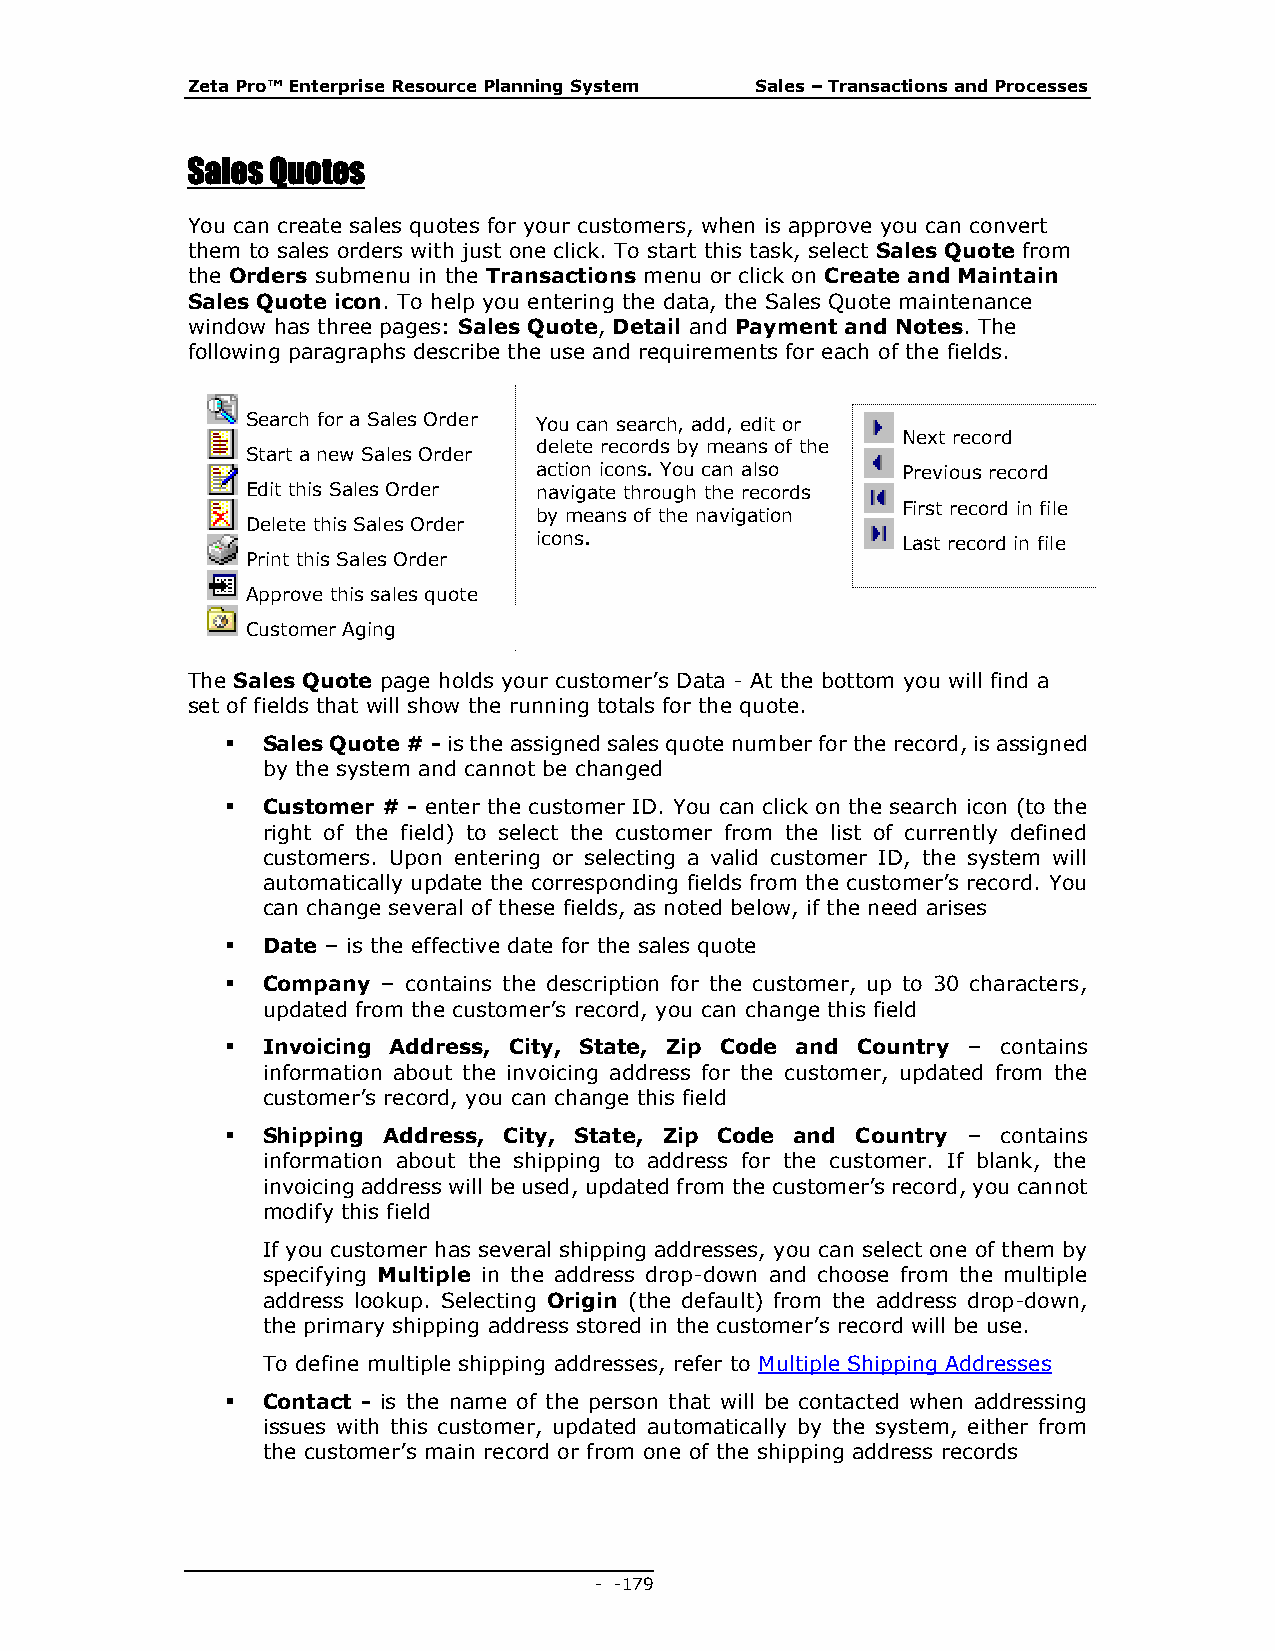
Zeta Pro™ Enterprise Resource Planning System Sales – Transactions and Processes
 Sales Quotes
 You can create sales quotes for your customers, when is approve you can convert
 them to sales orders with just one click. To start this task, select Sales Quote from
 the Orders submenu in the Transactions menu or click on Create and Maintain
 Sales Quote icon. To help you entering the data, the Sales Quote maintenance
 window has three pages: Sales Quote, Detail and Payment and Notes. The
 following paragraphs describe the use and requirements for each of the fields.
 Search for a Sales Order You can search, add, edit or
 Next record
 delete records by means of the
 Start a new Sales Order
 action icons. You can also Previous record
 Edit this Sales Order navigate through the records
 First record in file
 by means of the navigation
 Delete this Sales Order
 icons.                   Last record in file
 Print this Sales Order
 Approve this sales quote
 Customer Aging
 The Sales Quote page holds your customer’s Data - At the bottom you will find a
 set of fields that will show the running totals for the quote.
  Sales Quote # - is the assigned sales quote number for the record, is assigned
 by the system and cannot be changed
  Customer # - enter the customer ID. You can click on the search icon (to the
 right of the field) to select the customer from the list of currently defined
 customers. Upon entering or selecting a valid customer ID, the system will
 automatically update the corresponding fields from the customer’s record. You
 can change several of these fields, as noted below, if the need arises
  Date – is the effective date for the sales quote
  Company – contains the description for the customer, up to 30 characters,
 updated from the customer’s record, you can change this field
  Invoicing Address, City, State, Zip Code and Country – contains
 information about the invoicing address for the customer, updated from the
 customer’s record, you can change this field
  Shipping Address, City, State, Zip Code and Country – contains
 information about the shipping to address for the customer. If blank, the
 invoicing address will be used, updated from the customer’s record, you cannot
 modify this field
 If you customer has several shipping addresses, you can select one of them by
 specifying Multiple in the address drop-down and choose from the multiple
 address lookup. Selecting Origin (the default) from the address drop-down,
 the primary shipping address stored in the customer’s record will be use.
 To define multiple shipping addresses, refer to Multiple Shipping Addresses
  Contact - is the name of the person that will be contacted when addressing
 issues with this customer, updated automatically by the system, either from
 the customer’s main record or from one of the shipping address records
 - - 179